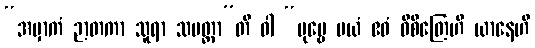
“အမှာကံ ဉာတကာ သူရာ သမတ္ထာ”တိ ဝါ “ပုဗ္ဗေ မယံ ဧဝံ ဝိစိတြေဟိ ယာနေဟိ